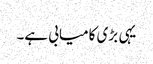
یہی بڑی کامیابی ہے۔